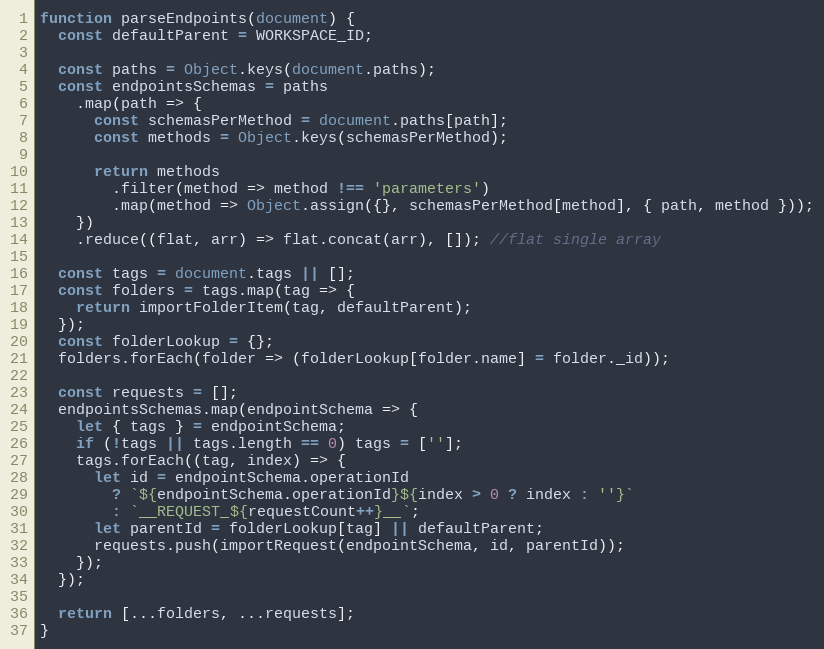
Language: JavaScript
function parseEndpoints(document) {
  const defaultParent = WORKSPACE_ID;

  const paths = Object.keys(document.paths);
  const endpointsSchemas = paths
    .map(path => {
      const schemasPerMethod = document.paths[path];
      const methods = Object.keys(schemasPerMethod);

      return methods
        .filter(method => method !== 'parameters')
        .map(method => Object.assign({}, schemasPerMethod[method], { path, method }));
    })
    .reduce((flat, arr) => flat.concat(arr), []); //flat single array

  const tags = document.tags || [];
  const folders = tags.map(tag => {
    return importFolderItem(tag, defaultParent);
  });
  const folderLookup = {};
  folders.forEach(folder => (folderLookup[folder.name] = folder._id));

  const requests = [];
  endpointsSchemas.map(endpointSchema => {
    let { tags } = endpointSchema;
    if (!tags || tags.length == 0) tags = [''];
    tags.forEach((tag, index) => {
      let id = endpointSchema.operationId
        ? `${endpointSchema.operationId}${index > 0 ? index : ''}`
        : `__REQUEST_${requestCount++}__`;
      let parentId = folderLookup[tag] || defaultParent;
      requests.push(importRequest(endpointSchema, id, parentId));
    });
  });

  return [...folders, ...requests];
}